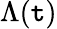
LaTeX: \Lambda(\mathtt{t})